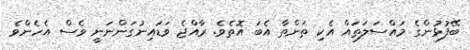
ބޭފުޅުންގެ މައްސަލަތައް އެކި ތަންތާ އެބަ އޮތެވެ. ރާއްޖެ ވަޑައިނުގަންނަނީ ވެސް އެހެންވެ